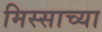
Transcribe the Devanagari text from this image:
मिस्साच्या